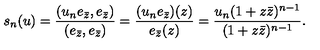
s _ { n } ( u ) = \frac { ( u _ { n } e _ { \bar { z } } , e _ { \bar { z } } ) } { ( e _ { \bar { z } } , e _ { \bar { z } } ) } = \frac { ( u _ { n } e _ { \bar { z } } ) ( z ) } { e _ { \bar { z } } ( z ) } = \frac { u _ { n } ( 1 + z \bar { z } ) ^ { n - 1 } } { ( 1 + z \bar { z } ) ^ { n - 1 } } .